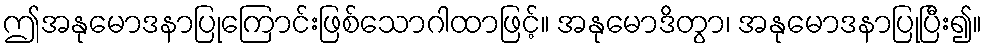
ဤအနုမောဒနာပြုကြောင်းဖြစ်သောဂါထာဖြင့်။ အနုမောဒိတွာ၊ အနုမောဒနာပြုပြီး၍။